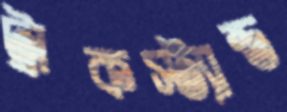
ট্রাকস্ট্যান্ড